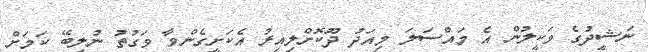
ނަޝީދުގެ ވަކީލުން އެ މައްސަލަ މިއަދު ދޫކޮށްލިއިރު އެކަށީގެންވާ ވަގުތު ނުލިބޭ ކަމަށް